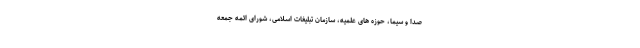
صدا و سیما، حوزه های علمیه، سازمان تبلیغات اسلامی، شورای ائمه جمعه